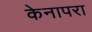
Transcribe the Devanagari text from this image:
केनापरा